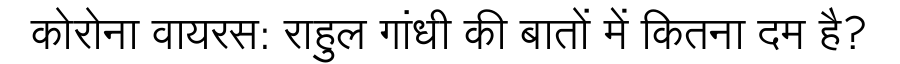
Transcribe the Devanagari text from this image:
कोरोना वायरस: राहुल गांधी की बातों में कितना दम है?